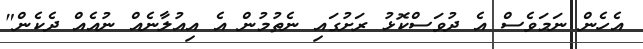
އެހެން ނަމަވެސް އެ ދުވަސްކޮޅު ރަށުގައި ނެތުމުން އެ އިއުލާނެއް ނުއެއް ދެކެން"